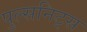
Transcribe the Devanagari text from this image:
पुल्सनिट्स